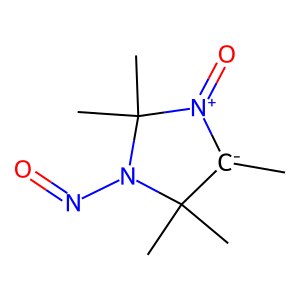
SMILES: C[C-]1[N+](=O)C(C)(C)N(N=O)C1(C)C
Inhibits HIV replication: No